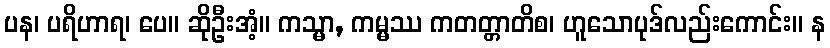
ပန၊ ပရိဟာရ၊ ပေ။ ဆိုဦးအံ့။ ကသ္မာ, ကမ္မဿ ကတတ္တာတိစ၊ ဟူသောပုဒ်လည်းကောင်း။ န